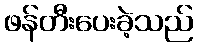
ဖန်တီးပေးခဲ့သည်